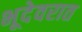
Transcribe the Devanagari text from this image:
भूदेवरात